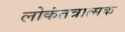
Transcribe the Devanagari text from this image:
लोकंतत्रात्मक